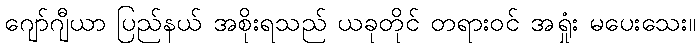
ဂျော်ဂျီယာ ပြည်နယ် အစိုးရသည် ယခုတိုင် တရားဝင် အရှုံး မပေးသေး။